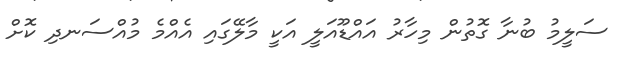
ސަލީމު ބުނާ ގޮތުން މިހާރު އައްޑޫއަލީ އަކީ މާލޭގައި އެއްމެ މުއްސަނދި ކޮށް